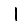
Digit: 1